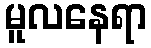
မူလနေရာ